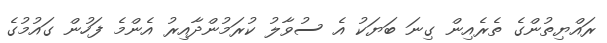
ރައްޔިތުންގެ ތެރެއިން ގިނަ ބަޔަކު އެ ސުވާލު ކުރަމުންދާއިރު އެންމެ ފަހުން ގައުމުގެ